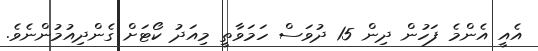
އެއީ އެންމެ ފަހުން ދިން 15 ދުވަސް ހަމަވާތީ މިއަދު ކޯޓަށް ގެންދިއުމުންނެވެ.